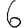
Digit: 6